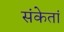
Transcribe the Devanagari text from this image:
संकेतां